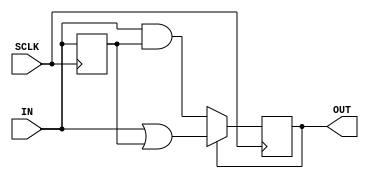
module IDEBN (SCLK, IN, OUT); 


input SCLK, IN; 
output OUT; 

reg IN_syn, OUT; 
wire OUT_di; 

always @(posedge SCLK) 
begin 
IN_syn <= #1 IN; 
OUT <= #1 OUT_di; 
end 

assign OUT_di = OUT ? (IN | IN_syn) : (IN & IN_syn); 


endmodule